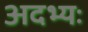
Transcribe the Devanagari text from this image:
अदभ्यः